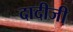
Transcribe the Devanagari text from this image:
दादीजी